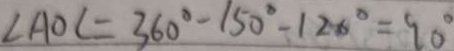
\angle A O C = 3 6 0 ^ { \circ } - 1 5 0 ^ { \circ } - 1 2 0 ^ { \circ } = 9 0 ^ { \circ }